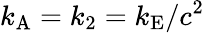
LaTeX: k_{\mathrm{{A}}}=k_{2}=k_{\mathrm{{E}}}/c^{2}